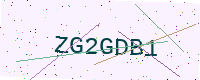
Text: ZG2GDB1